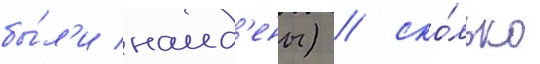
бы́л'и наид'ены) / ско́лько